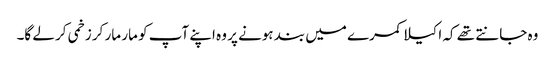
وہ جانتے تھے کہ اکیلا کمرے میں بند ہونے پر وہ اپنے آپ کو مار مار کر زخمی کر لے گا۔